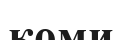
коми